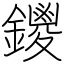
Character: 鑁